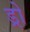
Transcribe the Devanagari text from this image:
ड्रो